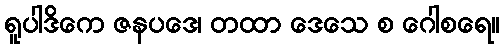
ရူပါဒိကေ ဇနပဒေ၊ တထာ ဒေသေ စ ဂေါစရေ။